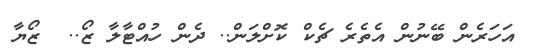
އަހަރެން ބޭނުން އެތެރެ ޗެކް ކޮށްލަން.. ދެން ހުއްޓާލާ ޒޯ..  ޒޯޔާ